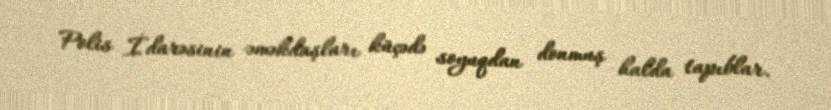
Polis İdarəsinin əməkdaşları küçədə soyuqdan donmuş halda tapıblar.